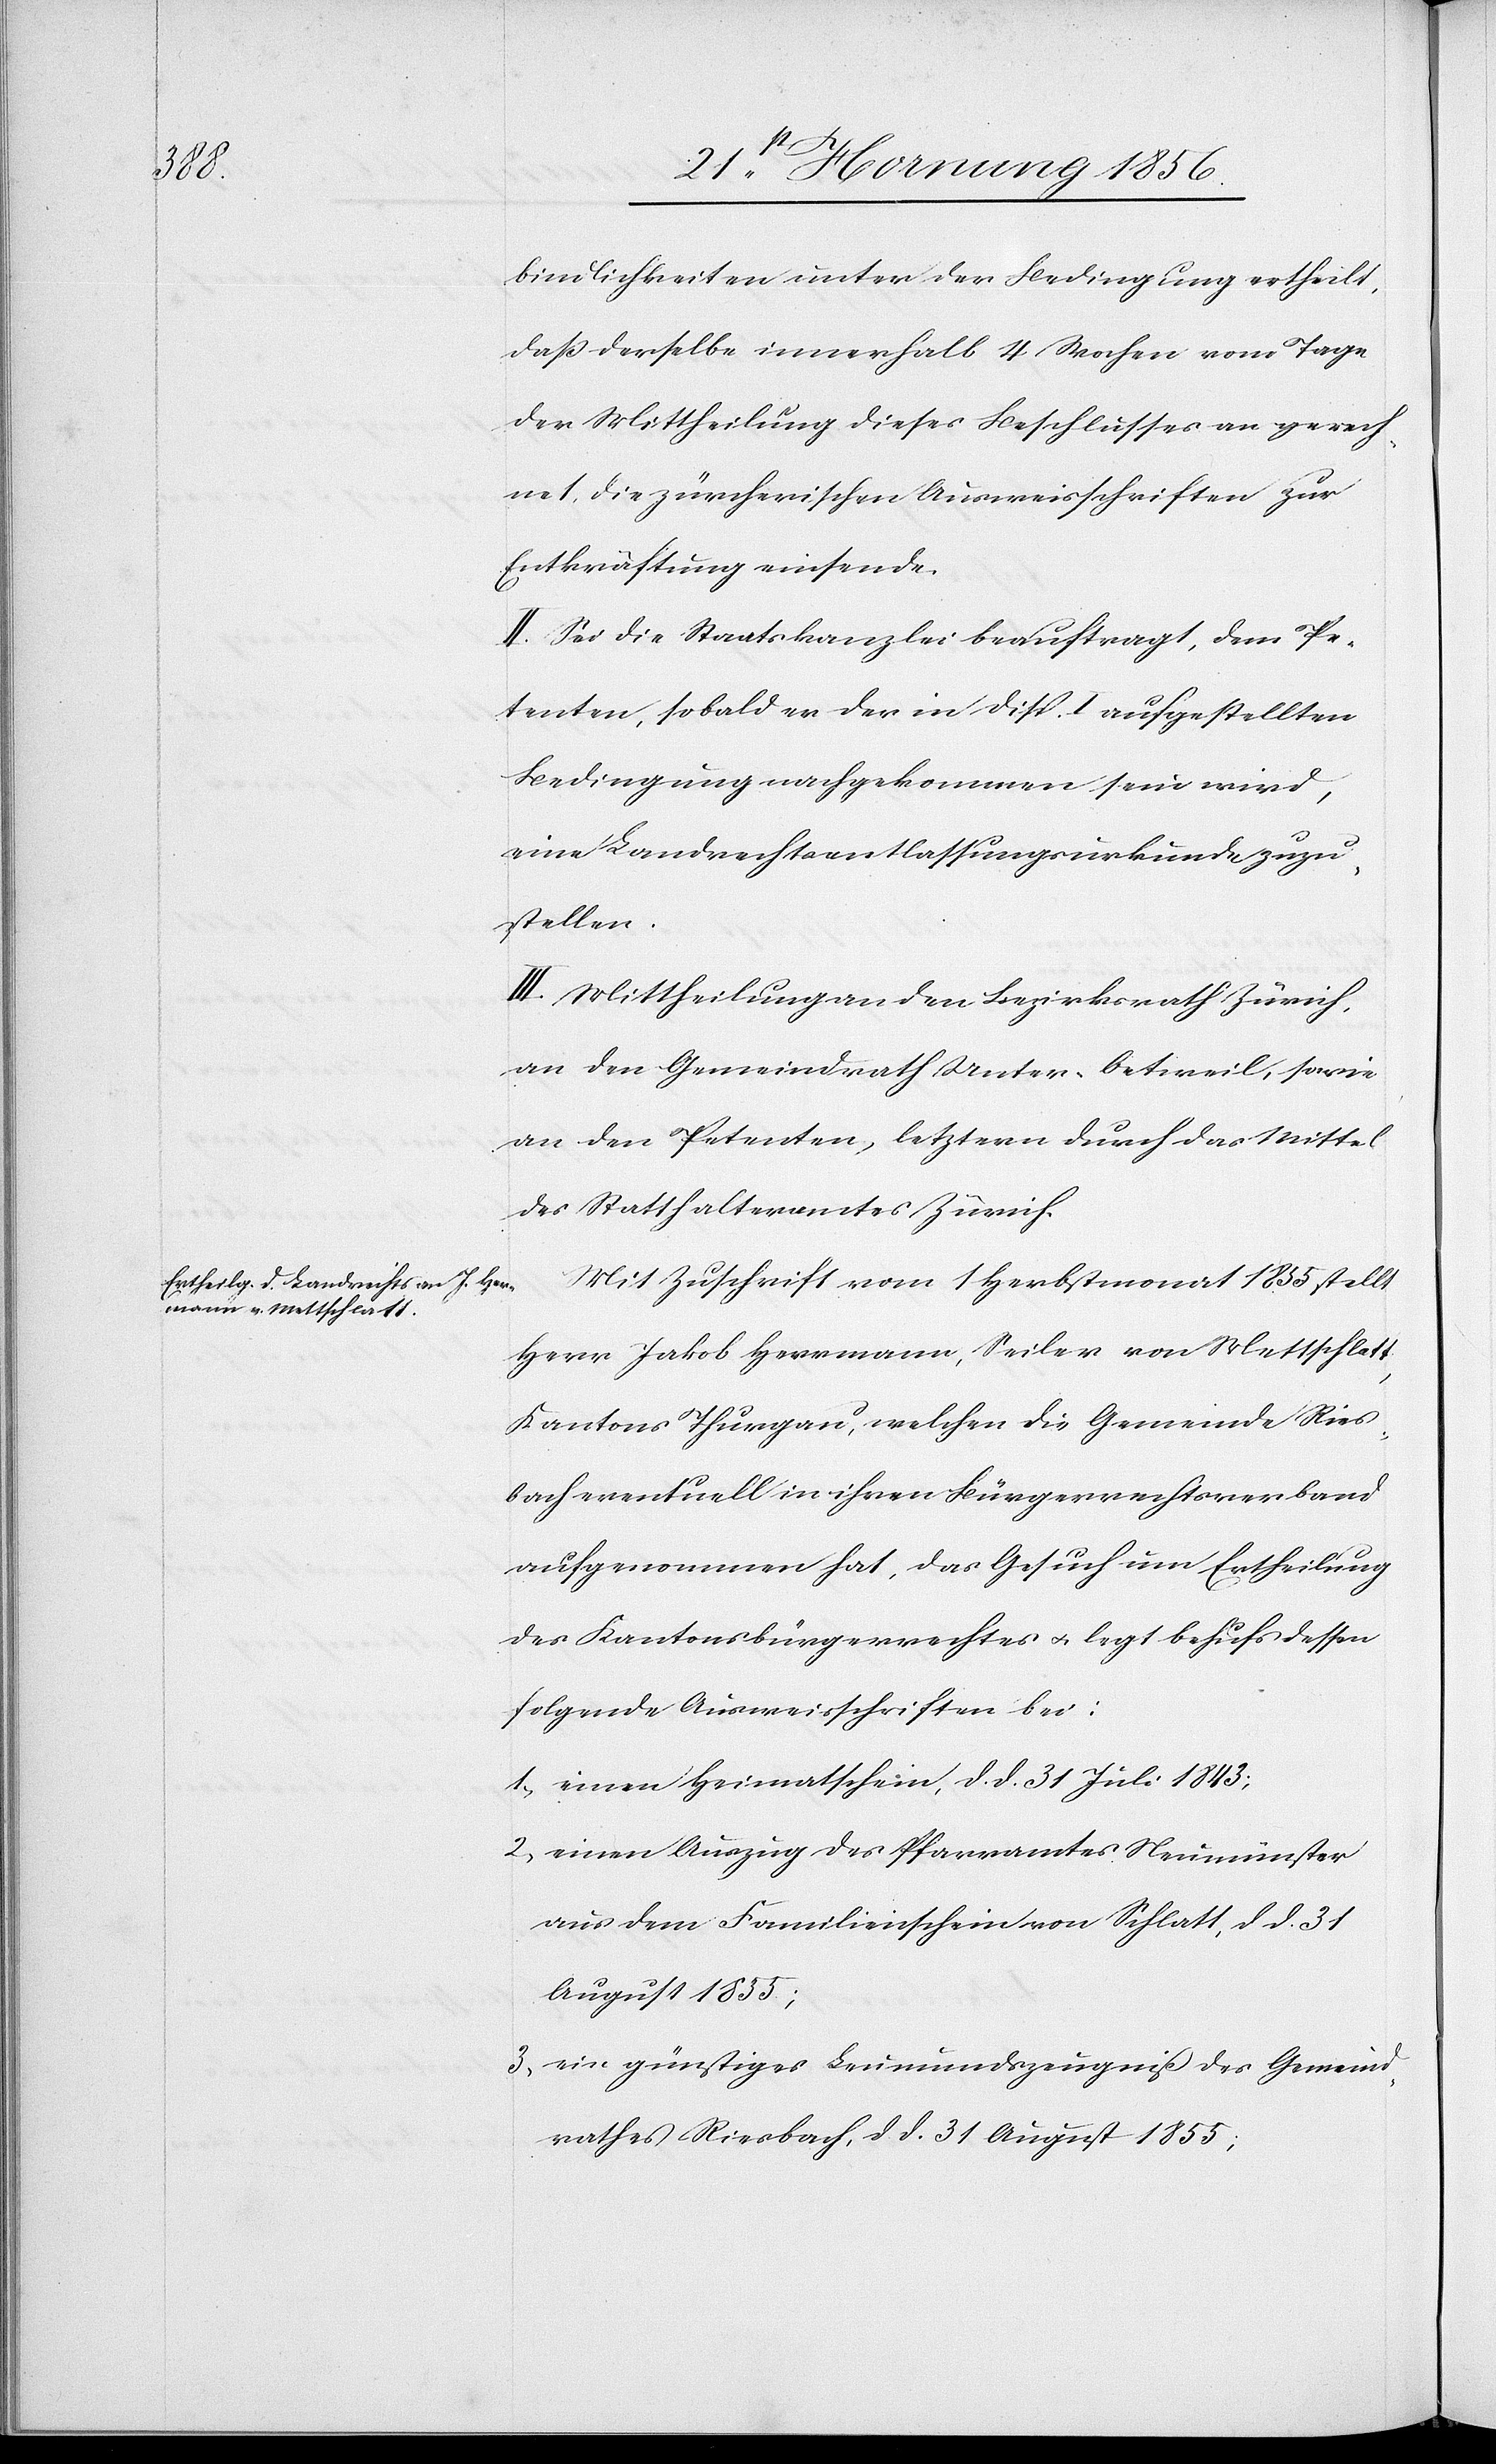
bindlichkeiten unter der Bedingung ertheilt,
daß derselbe innerhalb 4 Wochen vom Tage
der Mittheilung dieses Beschlusses an gerech¬
net, die zürcherischen Ausweisschriften zur
Entkräftung einsende.
II. Sei die Staatskanzlei beauftragt, dem Pe¬
tenten, sobald er der in Disp. I aufgestellten
Bedingung nachgekommen sein wird,
eine Landrechtsentlassungsurkunde zuzu¬
stellen.
III. Mittheilung an den Bezirksrath Zürich,
an den Gemeindrath Unter-Oetweil, sowie
an den Petenten, letztern durch das Mittel
des Statthalteramtes Zürich.
Mit Zuschrift vom 1 Herbstmonat 1855 stellt
Herr Jakob Herrmann, Seiler von Mettschlatt,
Kantons Thurgau, welchen die Gemeinde Ries¬
bach eventuell in ihren Bürgerrechtsverband
aufgenommen hat, das Gesuch um Ertheilung
des Kantonsbürgerrechtes u. legt behufs dessen
folgende Ausweisschriften bei:
1., einen Heimatschein, d. d. 31 Juli 1843;
2., einen Auszug des Pfarramtes Neumünster
aus dem Familienschein von Schlatt, d. d. 31
August 1855;
3., ein günstiges Leumundszeugniß des Gemeind¬
rathes Riesbach, d. d. 31 August 1855;